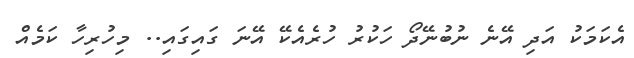
އެކަމަކު އަދި އޭނެ ނުބުނޭދޯ ހަކުރު ހުރެއެކޭ އޭނަ ގައިގައި.. މިހުރިހާ ކަމެއް